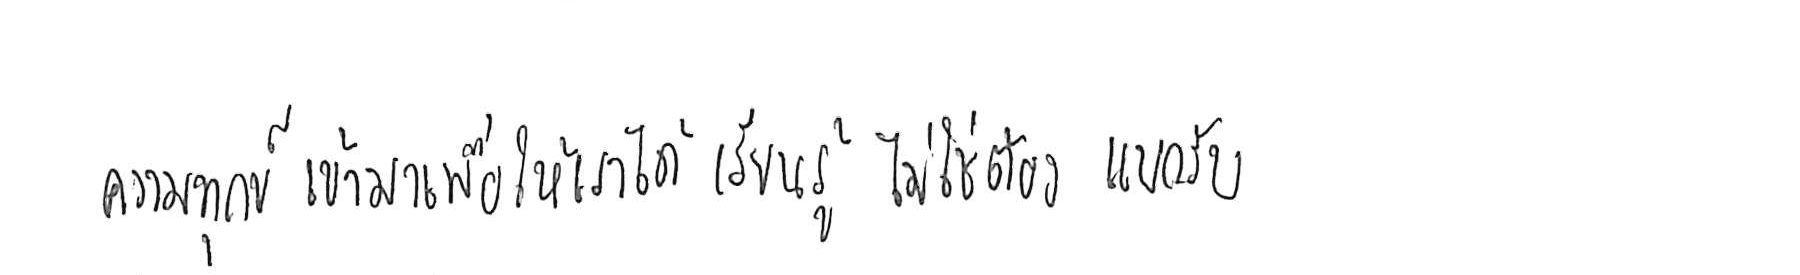
ความทุกข์ เข้ามาเพื่อให้เราได้ เรียนรู้ ไม่ใช่ต้อง แบกรับ